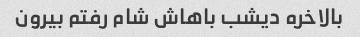
بالاخره دیشب باهاش ​​شام رفتم بیرون